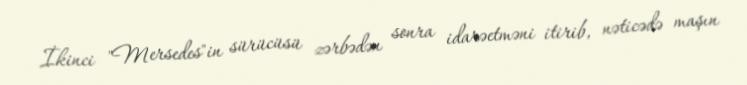
İkinci "Mersedes"in sürücüsü zərbədən sonra idarəetməni itirib, nəticədə maşın